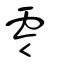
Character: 零